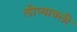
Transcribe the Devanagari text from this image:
लीप्यावली